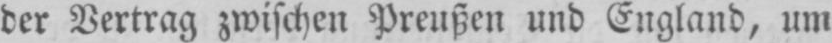
der Vertrag zwischen Preußen und England, um